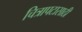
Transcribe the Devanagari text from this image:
चित्रापटासाठी